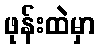
ဖုန်းထဲမှာ